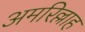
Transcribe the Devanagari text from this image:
अमरिल्लाह